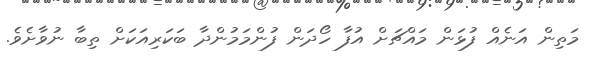
މަތިން އަނެއް ފުޅަން މައްޗަށް އުފާ ހޯދަން ފުންމަމުންދާ ބަކަރިއަކަށް ތިބާ ނުވާށެވެ.